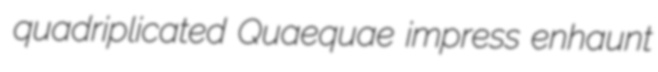
quadriplicated Quaequae impress enhaunt